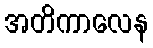
အတိကာလေန